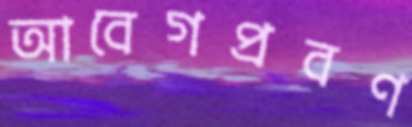
আবেগপ্রবণ